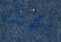
لكونك